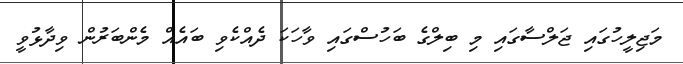
މަޖިލީހުގައި ޖަލްސާގައި މި ބިލްގެ ބަހުސްގައި ވާހަކަ ދެއްކެވި ބައެއް މެންބަރުން ވިދާޅުވީ